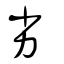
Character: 劣